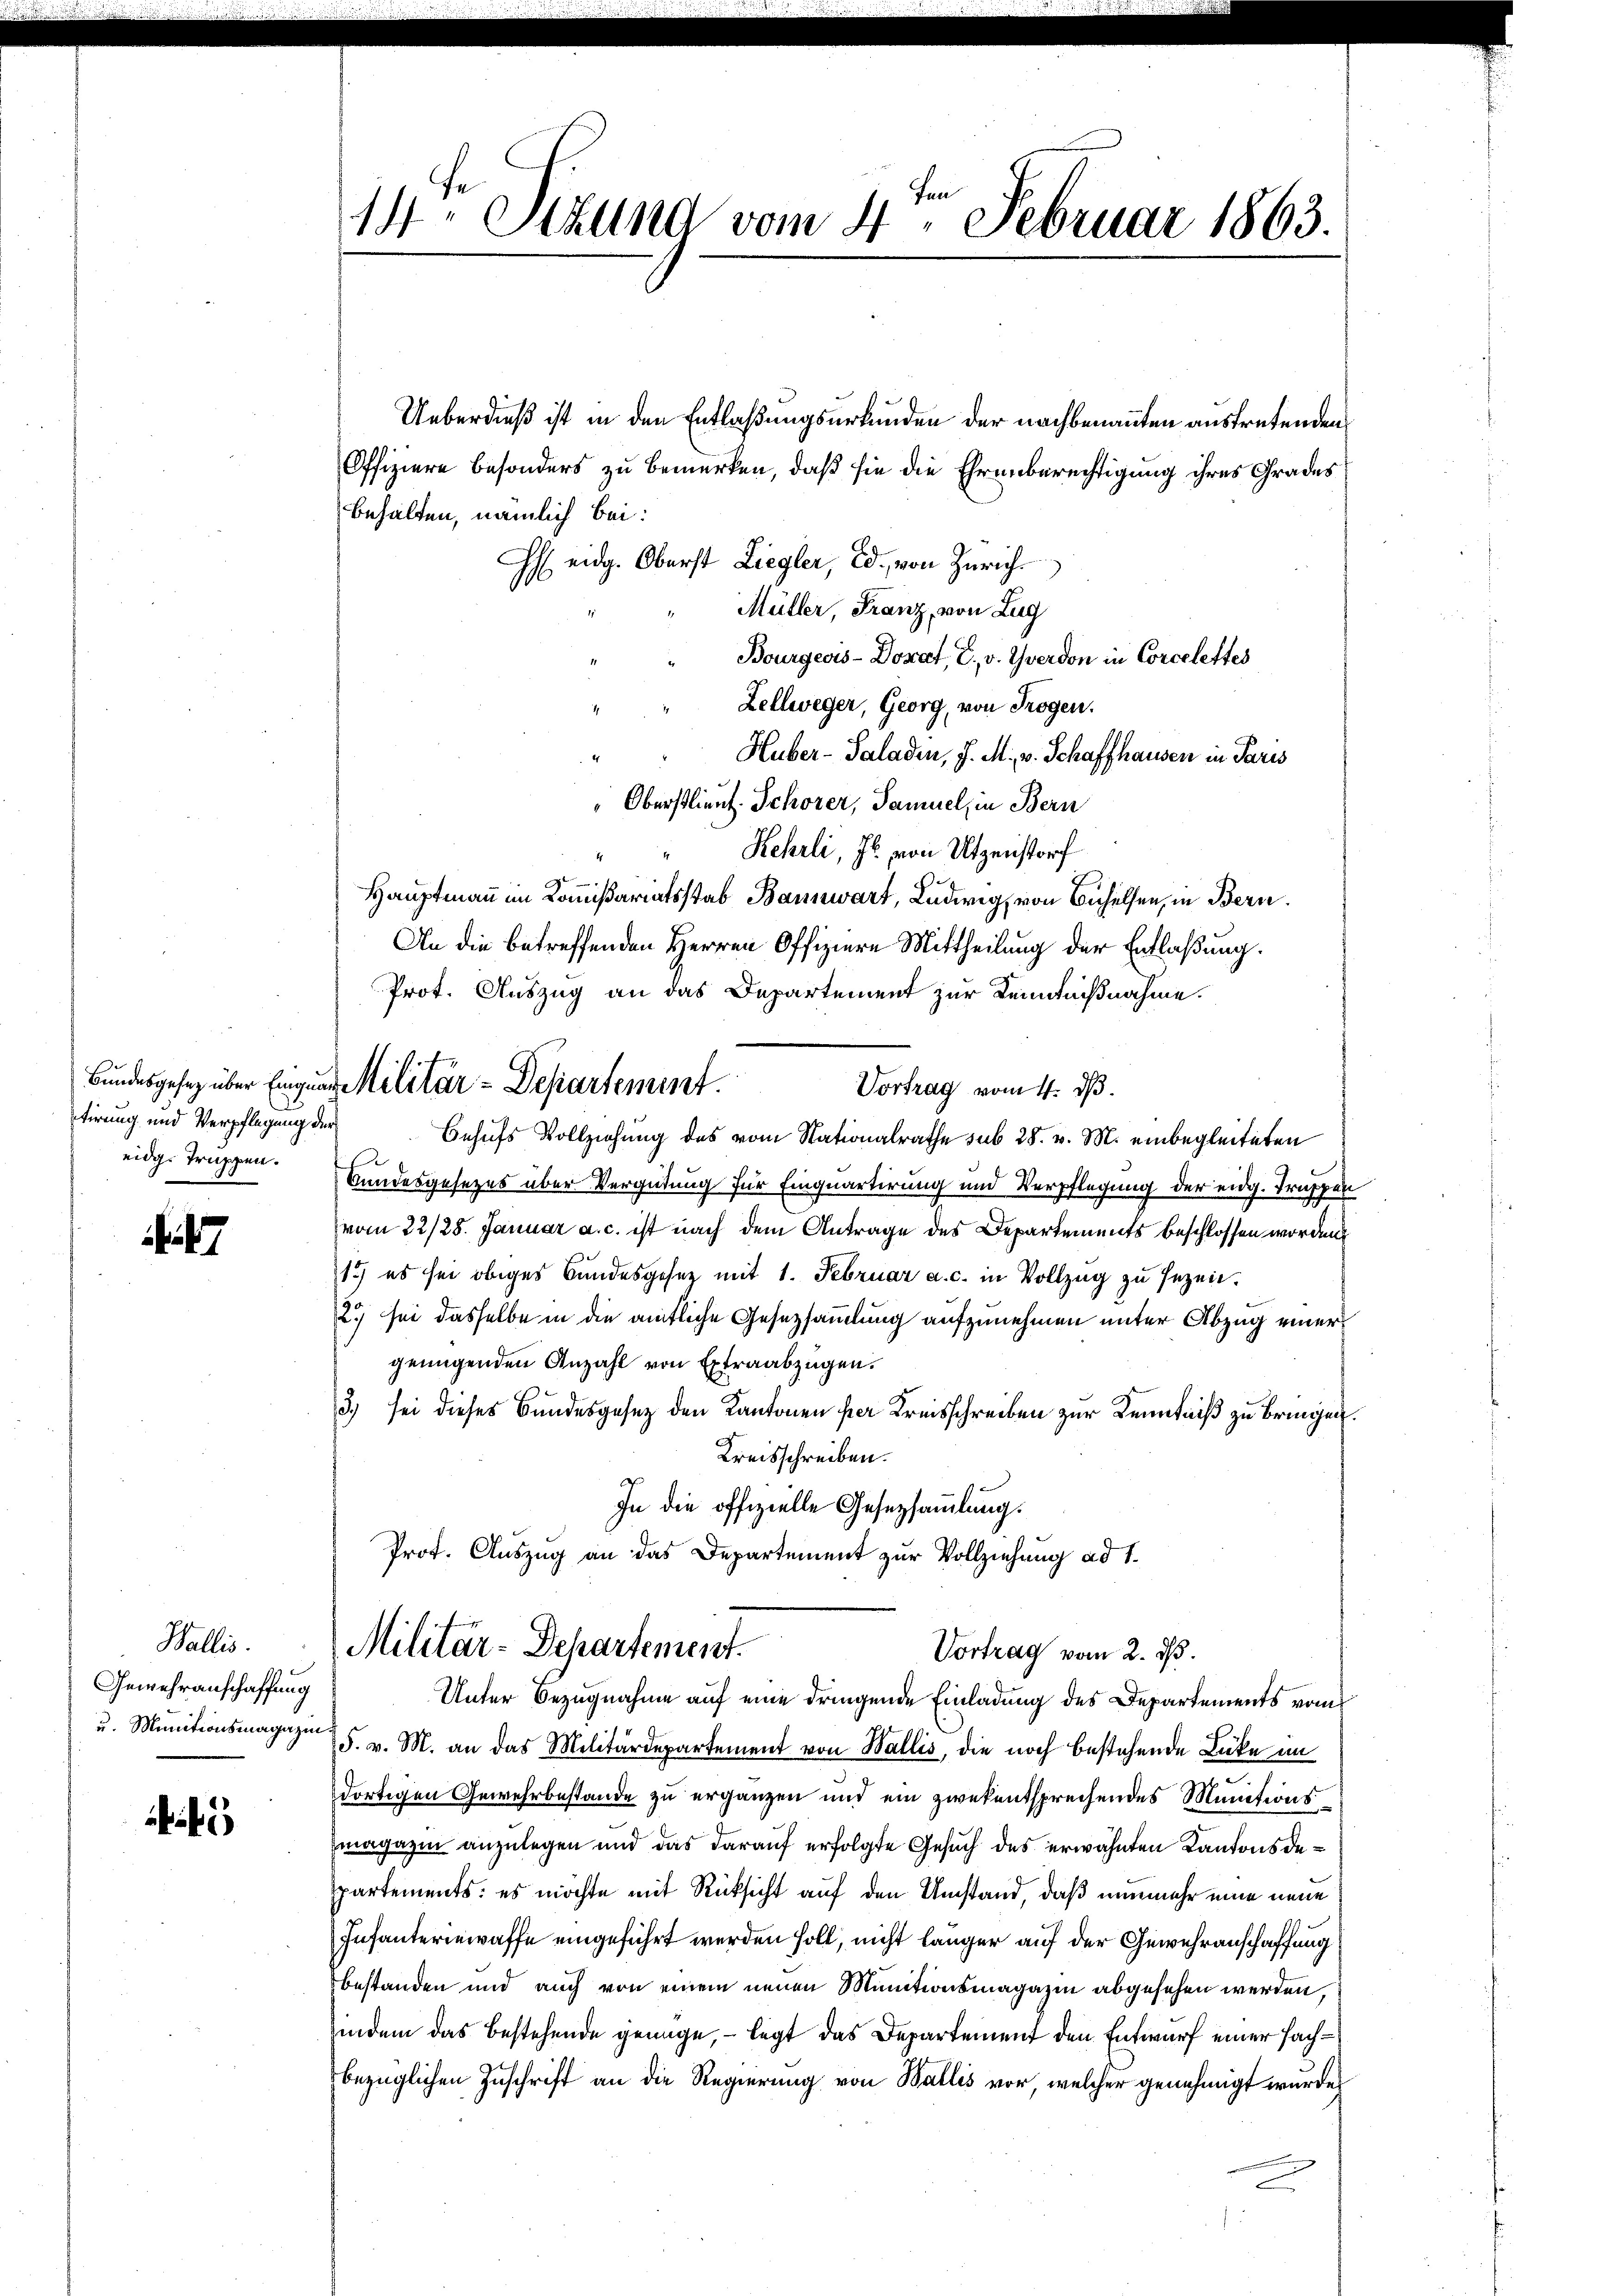
tirung und Verpflegung der
eidg. Truppen.

Wallis.
Gewehranschaffung
u. Munitionsmagazin

14ten Sizung vom 4. Februar 1863.

Ueberdieß ist in den Entlaßungsurkunden der nachbenannten austretenden
Offiziere besonders zu bemerken, daß sie die Ehrenberechtigung ihres Grades
behalten, nämlich bei:
H eidg. Oberst Liegler, Ed. von Zürich
Müller Franz, von Lug
Bourgeois-Dorat, E., v. Yverdon in Corcelettes
Zellweger, Georg, von Trogen.
Huber-Saladen, J. M., v. Schaffhausen in Paris
Oberstlieut. Schorer, Samuel, in Bern
Rehrli, Js. von Utzenstorf
Hauptmann im Kommißariatsstab Bannwart, Ludwig, von Behelfen, in Bern.
An die betreffenden Herren Offiziere Mittheilung der Entlaßung.
Prot. Auszug an das Departement zur Kenntnißnahme.
Vortrag vom 4. ds.
Behufs Vollziehung des vom Nationalrathe sub 28. v. M. einbegleiteten
Bundesgesezes über Vergütung zur Einquartirung und Verpflegung der eidg. Truppen
vom 22/25. Januar a. c. ist nach dem Antrage des Departements beschlossen worden
1) es sei obiges Bundesgesetz mit 1. Februar a. c. in Vollzug zu sezeit.
2) sei dasselbe in die amtliche Gesetzsammlung aufzunehmen unter Abzug einer
genügenden Anzahl von Extraabzügen.
3) sei dieses Bundesgesez den Kantonen per Kreisschreiben zur Kenntniß zu bringen.
 Kreisschreiben.
In die offizielle Gesetzsammlung.
Prof. Auszug an das Departement zur Vollziehung ad 1.
Militär-Departement.
Vortrag vom 2. d.
Unter Bezugnahme auf eine dringende Einladung des Departements vom
F. v. M. an das Militärdepartement von Wallis, die noch bestehende Lücke im
dortigen Gewehrbestände zu ergänzen und ein zwekentsprechendes Munitionsmagazin anzulegen und das darauf erfolgte Gesuch des erwähnten Kantonsdepartements: es möchte mit Rücksicht auf den Umstand, daß nunmehr eine neue
Infanteriewaffe eingeführt werden soll, nicht länger auf der Gewehranschaffung
bestanden und auch von einem neuen Munitionsmagazin abgesehen werden,
indem das bestehende genüge, – legt das Departement den Entwurf einer Fachbezüglichen Zuschrift an die Regierung von Wallis vor, welcher genehmigt wurde,

Bundesgesez über Eingung Militär-Departement.